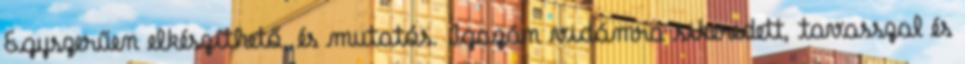
Egyszerűen elkészíthető, és mutatós. Igazán vidámra sikeredett, tavasszal és